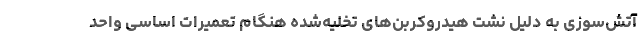
آتش‌سوزی به دلیل نشت هیدروکربن‌های تخلیه‌شده هنگام تعمیرات اساسی واحد